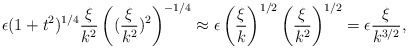
\begin{align*} \epsilon (1+t^2)^{1/4} \frac{\xi}{k^2} \left((\frac{\xi}{k^2})^2\right)^{-1/4} \approx \epsilon \left(\frac{\xi}{k}\right)^{1/2} \left(\frac{\xi}{k^2}\right)^{1/2} = \epsilon \frac{\xi}{k^{3/2}}, \end{align*}